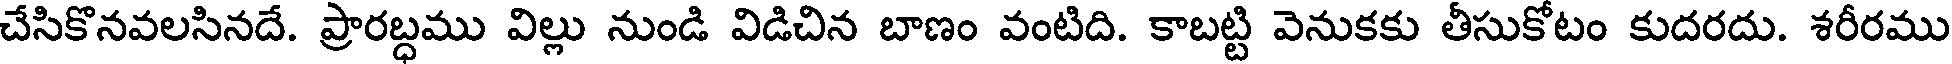
చేసికొనవలసినదే. ప్రారబ్ధము విల్లు నుండి విడిచిన బాణం వంటిది. కాబట్టి వెనుకకు తీసుకోటం కుదరదు. శరీరము